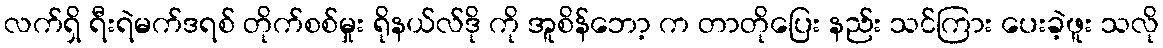
လက်ရှိ ရီးရဲမက်ဒရစ် တိုက်စစ်မှုး ရိုနယ်လ်ဒို ကို အူစိန်ဘော့ က တာတိုပြေး နည်း သင်ကြား ပေးခဲ့ဖူး သလို